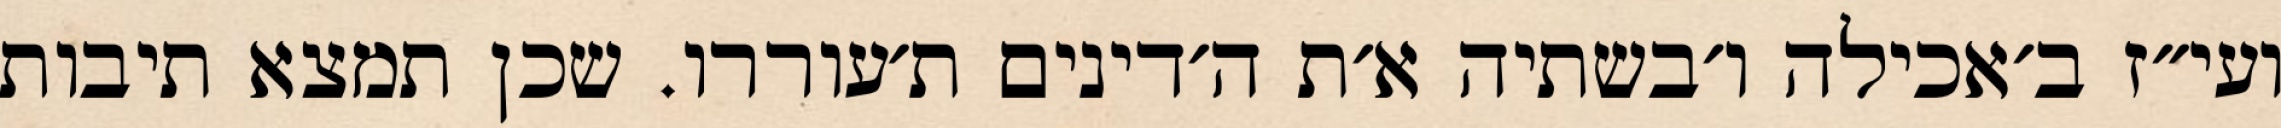
ועי״ז ב׳אכילה ו׳בשתיה א׳ת ה׳דינים ת׳עוררו. שכן תמצא תיבות